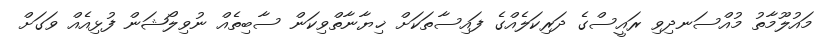
މައުލޫމާތު މުއްސަނދިވި ރައީސްގެ ދަރިކަލެއްގެ ފައިސާތަކަށް ޚިޔާނާތްވިކަން ސާބިތެއް ނުވިލޯޝަން ފުޅިއެއް ވަގަށް